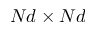
N d \times N d